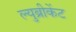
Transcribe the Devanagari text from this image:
ल्युब्रीकेंट